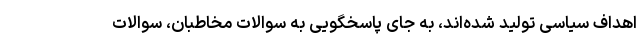
اهداف سیاسی تولید شده‌اند، به جای پاسخگویی به سوالات مخاطبان، سوالات